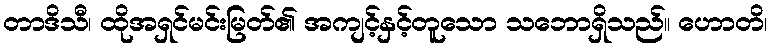
တာဒိသီ၊ ထိုအရှင်မင်းမြတ်၏ အကျင့်နှင့်တူသော သဘောရှိသည်။ ဟောတိ၊